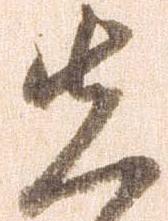
先